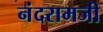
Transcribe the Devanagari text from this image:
नंदरामजी